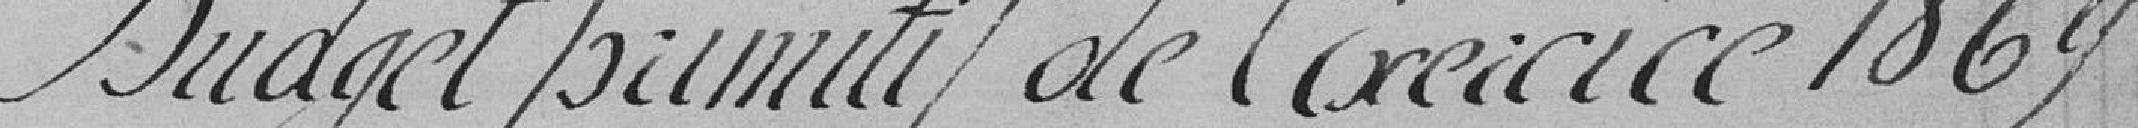
Budget primitif de l'exercice 1869